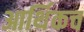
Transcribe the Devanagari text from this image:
आर्थिकच